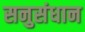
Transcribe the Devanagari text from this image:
सनुसंधान